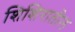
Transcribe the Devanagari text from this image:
शिशिरातील